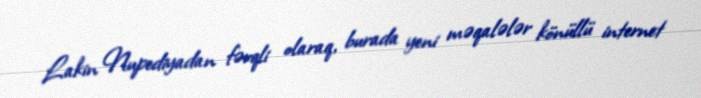
Lakin Nupediyadan fərqli olaraq, burada yeni məqalələr könüllü internet